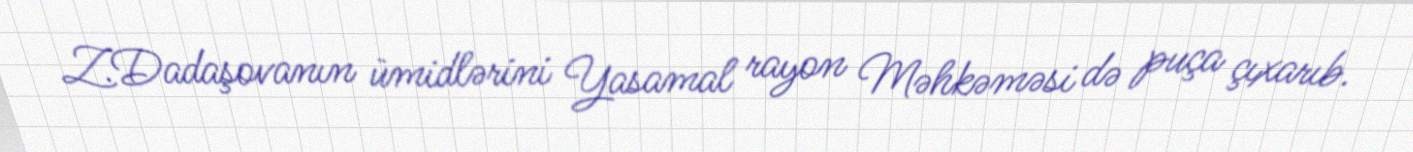
Z.Dadaşovanın ümidlərini Yasamal rayon Məhkəməsi də puça çıxarıb.